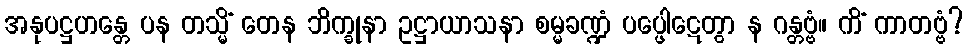
အနုပဋ္ဌဟန္တေ ပန တသ္မိံ တေန ဘိက္ခုနာ ဥဋ္ဌာယာသနာ စမ္မခဏ္ဍံ ပပ္ဖေါဋေတွာ န ဂန္တဗ္ဗံ။ ကိံ ကာတဗ္ဗံ?